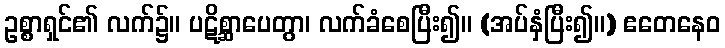
ဥစ္စာရှင်၏ လက်၌။ ပဋိစ္ဆာပေတွာ၊ လက်ခံစေပြီး၍။ (အပ်နှံပြီး၍။) ဧတေနေဝ